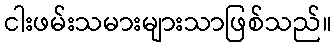
ငါးဖမ်းသမားများသာဖြစ်သည်။